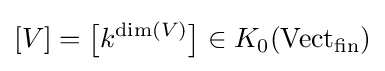
[V]={\big [}k^{\dim(V)}{\big ]}\in K_{0}(\mathrm {Vect} _{\mathrm {fin} })